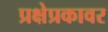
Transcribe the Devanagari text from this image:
प्रक्षेप्रकावर